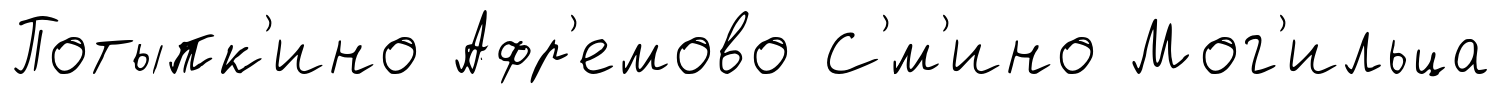
Потыпк'ино Афр'емово С'́м'ино Мог'ильца